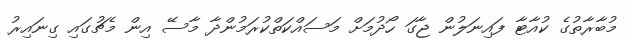
މުބާރާތުގެ ކުއާޓާ ފައިނަލުން ޖާގަ ހޯދުމަށް މަސައްކަތްކުރަމުންދާ މާސޭ އިން މެޗުގައި ގިނައިރު